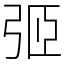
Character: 弬